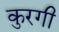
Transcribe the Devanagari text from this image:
कुरगी